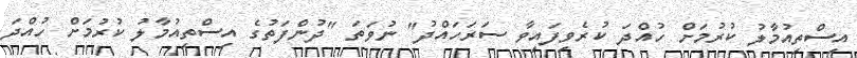
އިސްތިއުމާލު ކުރުމަށް ހުއްދަ ކުރެވިފައިވާ ސަރަހައްދު" ނުވަތަ "ދުންފަތުގެ އިސްތިއުމާލު ކުރުމަށް ހުއްދަ